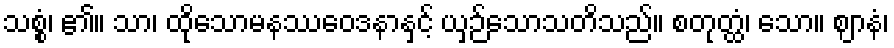
သစ္စံ၊ ၏။ သာ၊ ထိုသောမနဿဝေဒနာနှင့် ယှဉ်သောသတိသည်။ စတုတ္ထံ၊ သော။ ဈာနံ၊